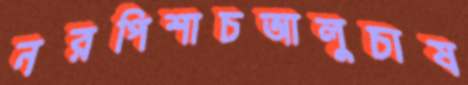
নরপিশাচআলুচাষ